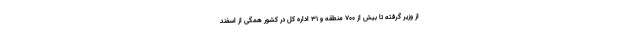
از وزیر گرفته تا بیش از ۷۰۰ منطقه و ۳۱ اداره کل در کشور همگی از اسفند